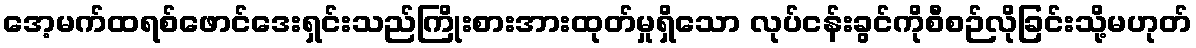
အေ့မက်ထရစ်ဖောင်ဒေးရှင်းသည်ကြိုးစားအားထုတ်မှုရှိသော လုပ်ငန်းခွင်ကိုစီစဉ်လိုခြင်းသို့မဟုတ်